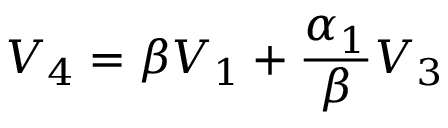
V _ { 4 } = \beta V _ { 1 } + \frac { \alpha _ { 1 } } { \beta } V _ { 3 }